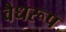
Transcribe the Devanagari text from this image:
वैधरूप